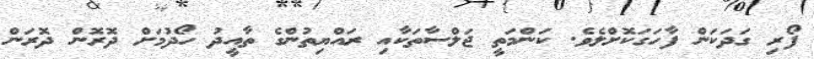
ފޯރި ގަދަކަން ފާހަގަކޮށްލެވެ. ކަންމަތީ ޖަލްސާތަކާއި ރައްޔިތުންގެ ތާއީދު ހޯދުމަށް ދޮރޮން ދޮރަން